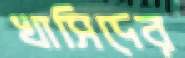
খাসিদের